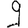
Digit: 9